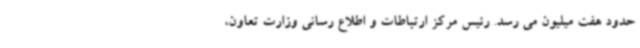
حدود هفت میلیون می رسد. رئیس مرکز ارتباطات و اطلاع رسانی وزارت تعاون،